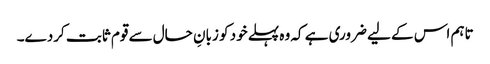
تاہم اس کے لیے ضروری ہے کہ وہ پہلے خود کو زبانِ حال سے قوم ثابت کردے۔